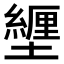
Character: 𫮸